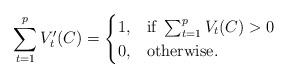
LaTeX: \begin{align*}\sum_{t=1}^pV'_t(C)=\begin{cases} 1, & \mbox{if } \sum_{t=1}^{p}V_t(C)>0 \\ 0, & \mbox{otherwise}. \end{cases}\end{align*}